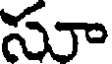
సూ